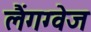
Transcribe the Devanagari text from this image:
लैंगग्वेज